Vaccination in the Punjab 1883-1896 - 1883-1896
Year: 1883
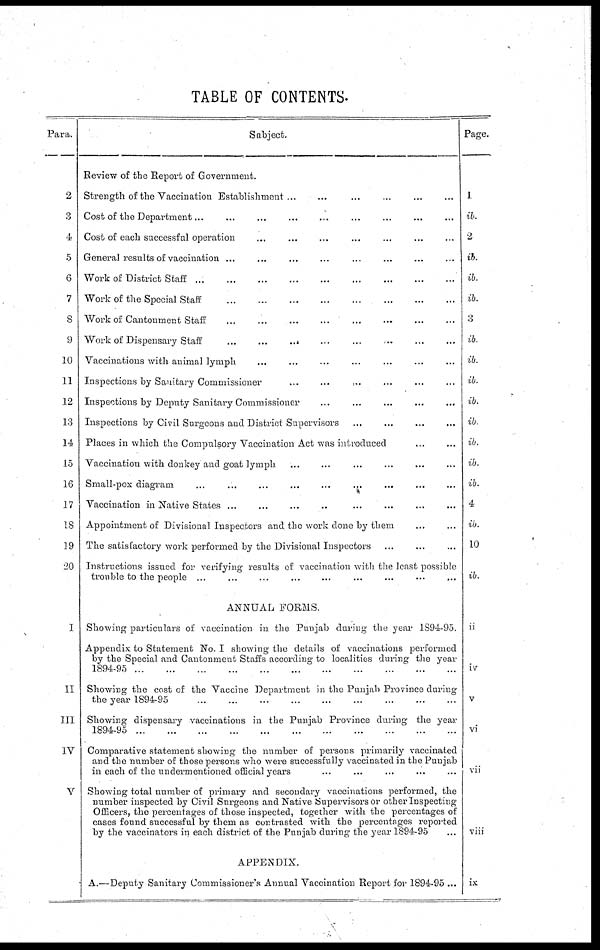
TABLE OF CONTENTS.
Para.
2
3
4
5
6
7
8
9
10
11
12
13
14
15
16
17
18
19
20
I
II
III
IV
V
Subject.
Review of the Report of Government.
Strength of the Vaccination Establishment ... ... ... ... ... ...
Cost of the Department ... ... ... ... ... ... ... ... ...
Cost of each successful operation ... ... ... ... ... ... ...
General results of vaccination ... ... ... ... ... ... ... ...
Work of District Staff
...
...
...
...
...
...
...
...
...
Work of the Special Staff
...
...
...
...
...
...
...
...
Work of Cantonment Staff
...
...
...
...
...
...
...
...
Work of Dispensary Staff
...
...
...
...
...
...
...
...
Vaccinations with animal lymph ... ... ... ... ... ... ...
Inspections by Sanitary Commissioner ... ... ... ... ...
Inspections by Deputy Sanitary Commissioner ... ... ... ... ...
Inspections by Civil Surgeons and District Supervisors ... ... ... ...
Places in which the Compulsory Vaccination Act was introduced ... ...
Vaccination with donkey and goat lymph ... ... ... ... ... ...
Small-pox diagram ... ... ... ... ... ... ... ... ...
Vaccination in Native States ... ... ... ... ... ... ... ...
Appointment of Divisional Inspectors and the work done by them ... ...
The satisfactory work performed by the Divisional Inspectors ... ... ...
Instructions issued for verifying results of vaccination with the least possible
trouble to the people ... ... ... ... ... ... ... ... ...
ANNUAL FORMS.
Showing particulars of vaccination in the Punjab during the year 1894-95.
Appendix to Statement No. I showing the details of vaccinations performed
by the Special and Cantonment Staffs according to localities during the year
1894-95
...
...
...
...
...
...
...
...
...
...
...
...
...
Showing the cost of the Vaccine Department in the Punjab Province during
the year 1894-95
...
...
...
...
...
...
...
...
...
Showing dispensary vaccinations in the Punjab Province during the year
1894-95
...
...
...
...
...
...
...
...
...
...
Comparative statement showing the number of persons primarily vaccinated
and the number of those persons who were successfully vaccinated in the Punjab
in each of the undermentioned official years ... ... ... ... ...
Showing total number of primary and secondary vaccinations performed, the
number inspected by Civil Surgeons and Native Supervisors or other Inspecting
Officers, the percentages of those inspected, together with the percentages of
cases found successful by them as contrasted with the percentages reported
by the vaccinators in each district of the Punjab during the year 1894-95 ...
APPENDIX.
A.—Deputy Sanitary Commissioner's Annual Vaccination Report for 1894-95 ...
Page.
1
ib.
2
ib.
ib.
ib.
3
ib.
ib.
ib.
ib.
ib
ib.
ib.
ib.
4
ib.
10
ib.
ii
iv
v
vi
vii
viii
ix